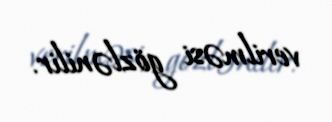
verilməsi gözlənilir.